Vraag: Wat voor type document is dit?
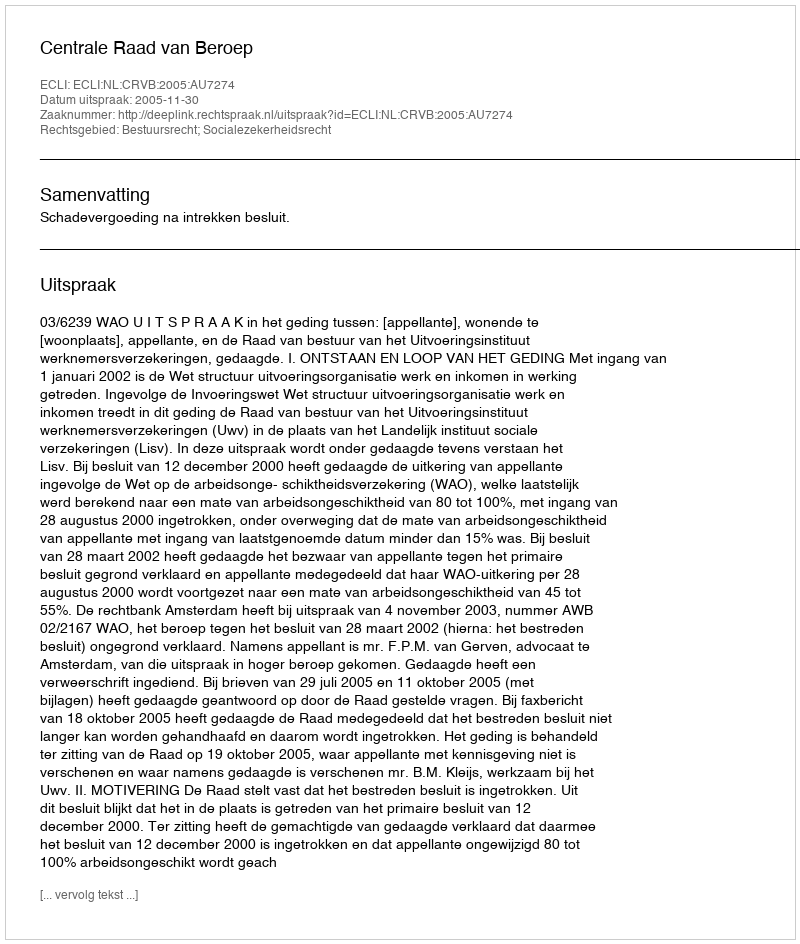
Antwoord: Uitspraak